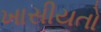
ખાસીયતો